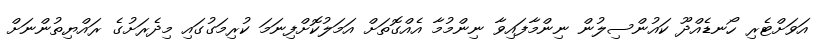
އަވަށްޓެރި ހޯނޑެއްދޫ ކައުންސިލުން ނިންމާފައިވާ ނިންމުމާ އެއްގޮތަށް އަމަލުކޮށްފިނަމަ ކުރިމަގުގައި މިދެރަށުގެ ރައްޔިތުންނަށް